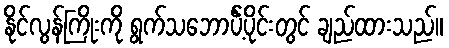
နိုင်လွန်ကြိုးကို ရွက်သဘောင်္ပဲ့ပိုင်းတွင် ချည်ထားသည်။